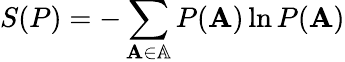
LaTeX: S(P)=-\sum_{\mathbf{A}\in\mathbb{A}}P(\mathbf{A})\ln P(\mathbf{A})